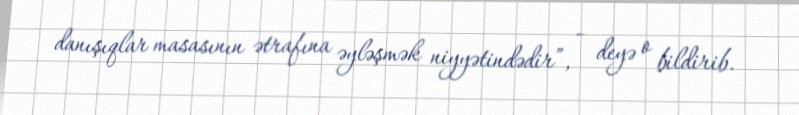
danışıqlar masasının ətrafına əyləşmək niyyətindədir”, - deyə o bildirib.